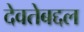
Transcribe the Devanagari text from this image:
देवतेबद्दल